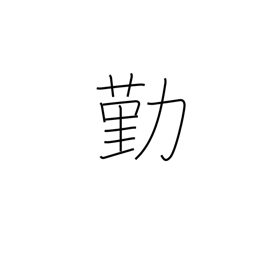
Meaning: become employed